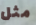
مثل